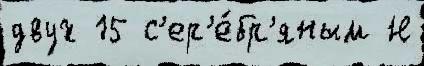
двух 15 с'ер'е́бр'яным Н